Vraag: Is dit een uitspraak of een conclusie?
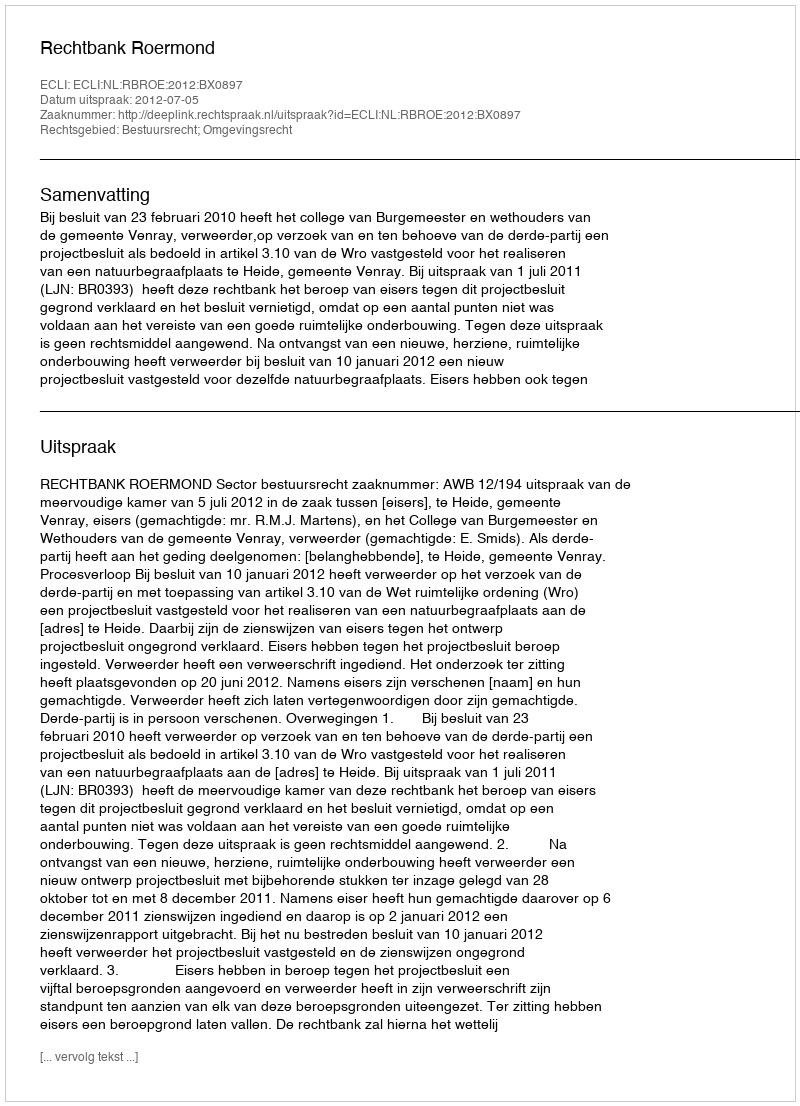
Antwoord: Uitspraak